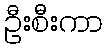
ဦးစီးကာ